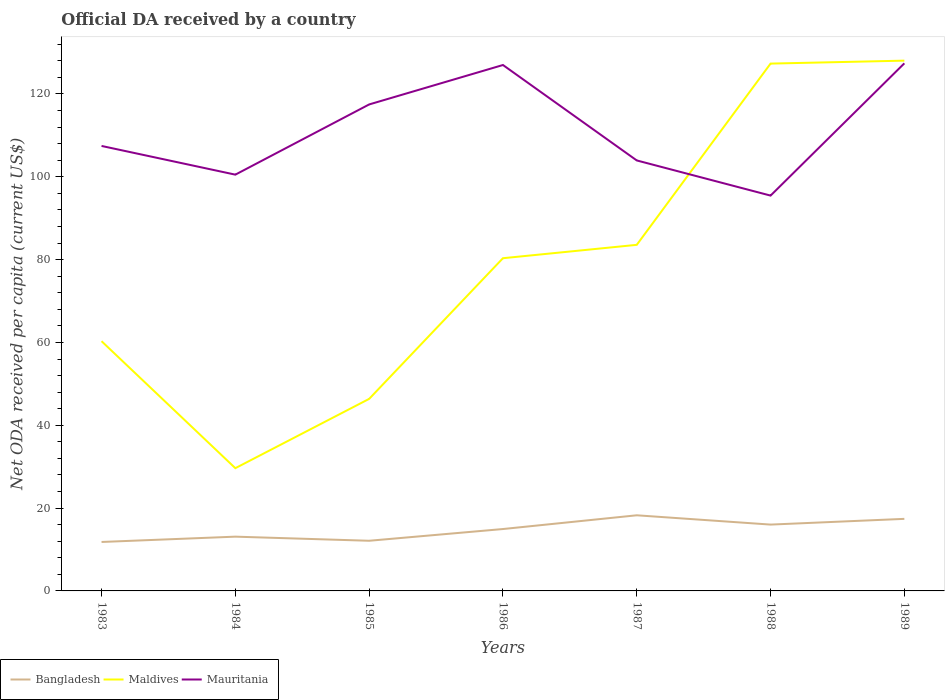
| Years | Bangladesh | Maldives | Mauritania |
 | --- | --- | --- | --- |
 | 1983 | 11.8 | 60.3 | 107 |
 | 1984 | 13.1 | 29.6 | 101 |
 | 1985 | 12.1 | 46.4 | 117 |
 | 1986 | 14.9 | 80.3 | 127 |
 | 1987 | 18.3 | 83.6 | 104 |
 | 1988 | 16 | 127 | 95.5 |
 | 1989 | 17.4 | 128 | 127 |